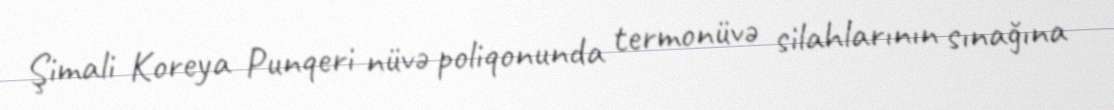
Şimali Koreya Punqeri nüvə poliqonunda termonüvə silahlarının sınağına